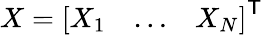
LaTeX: X={\left[\begin{array}{lll}{X_{1}}&{\dots}&{X_{N}}\end{array}\right]}^{\textsf{T}}